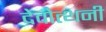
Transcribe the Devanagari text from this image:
देवोत्थनी